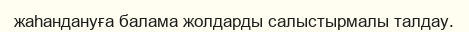
жаһандануға балама жолдарды салыстырмалы талдау.